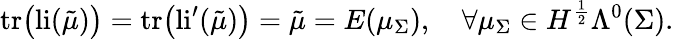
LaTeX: \mathrm{tr}\big(\mathrm{li}(\tilde{\mu})\big)=\mathrm{tr}\big(\mathrm{li}^{\prime}(\tilde{\mu})\big)=\tilde{\mu}=E(\mu_{\Sigma}),\quad\forall\mu_{\Sigma}\in H^{\frac{1}{2}}\Lambda^{0}(\Sigma).